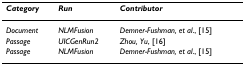
<table><thead><tr><td><b><i>Category</i></b></td><td><b><i>Run</i></b></td><td><b><i>Contributor</i></b></td></tr></thead><tbody><tr><td><i>Document</i></td><td><i>NLMFusion</i></td><td><i>Demner-Fushman, et al</i>., [15]</td></tr><tr><td><i>Passage</i></td><td><i>UICGenRun2</i></td><td><i>Zhou, Yu</i>, [16]</td></tr><tr><td><i>Passage</i></td><td><i>NLMFusion</i></td><td><i>Demner-Fushman, et al</i>., [15]</td></tr></tbody></table>